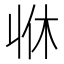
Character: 𠁫